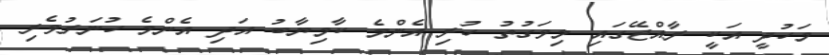
މަހުދީ އަކީ ރާއްޖޭގައި މިވަގުތު ހުރި އެންމެ ކާމިޔާބު އަދި އެންމެ ހުނަރުވެރި